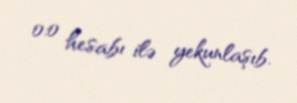
0:0 hesabı ilə yekunlaşıb.